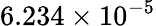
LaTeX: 6.234\times 10^{-5}